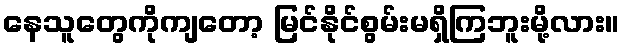
နေသူတွေကိုကျတော့ မြင်နိုင်စွမ်းမရှိကြဘူးမို့လား။